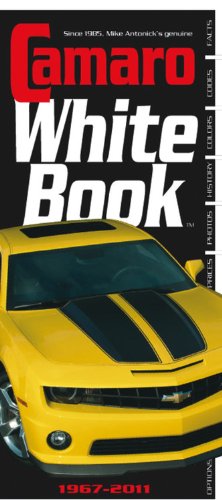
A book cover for Camaro White Book 1967-2011; Mike Antonick; Engineering & Transportation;